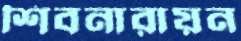
শিবনারায়ন